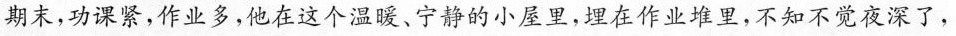
期末，功课紧，作业多，他在这个温暖、宁静的小屋里，埋在作业堆里，不知不觉夜深了，